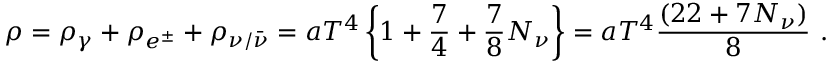
\rho = \rho _ { \gamma } + \rho _ { e ^ { \pm } } + \rho _ { \nu / \bar { \nu } } = a T ^ { 4 } \left\{ 1 + \frac { 7 } { 4 } + \frac { 7 } { 8 } N _ { \nu } \right\} = a T ^ { 4 } \frac { ( 2 2 + 7 N _ { \nu } ) } { 8 } ~ .